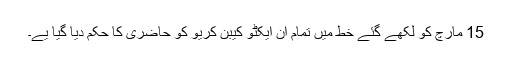
15 مارچ کو لکھے گئے خط میں تمام ان ایکٹو کیبن کریو کو حاضری کا حکم دیا گیا یے۔